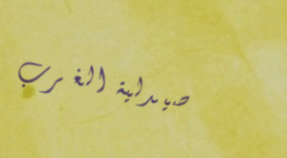
صيدلية الغرب